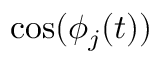
\cos ( \phi _ { j } ( t ) )